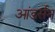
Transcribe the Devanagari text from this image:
आंडर्सन